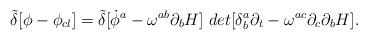
LaTeX: \begin{align*}{\tilde\delta}[\phi -\phi _{cl}]={\tilde\delta}[{\dot\phi^{a}-\omega^{ab}\partial_{b}H]~det [\delta^{a}_{b}\partial_{t}-\omega^{ac}\partial_{c}\partial_{b}H}].\end{align*}